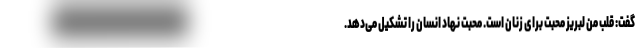
گفت: قلب من لبریز محبت برای زنان است. محبت نهاد انسان را تشکیل می‌دهد.